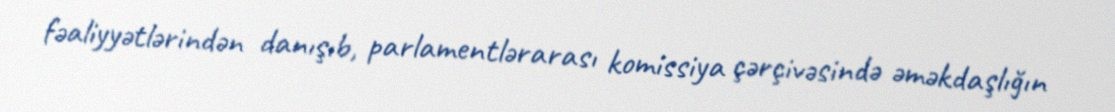
fəaliyyətlərindən danışıb, parlamentlərarası komissiya çərçivəsində əməkdaşlığın